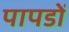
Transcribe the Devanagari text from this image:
पापडों